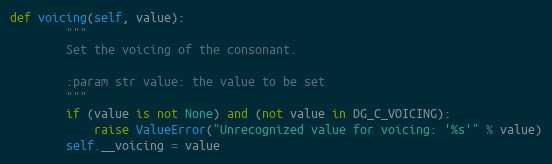
Language: Python
def voicing(self, value):
        """
        Set the voicing of the consonant.

        :param str value: the value to be set
        """
        if (value is not None) and (not value in DG_C_VOICING):
            raise ValueError("Unrecognized value for voicing: '%s'" % value)
        self.__voicing = value